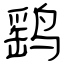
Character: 鹞